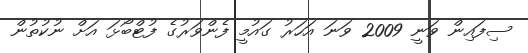
ސިފައިން ވަނީ 2009 ވަނަ އަހަރު ގައުމީ ފެންވަރުގެ ފުޓްބޯޅަ އަށް ނުކުތުން